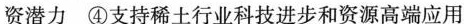
资潜力 ④支持稀土行业科技进步和资源高端应用